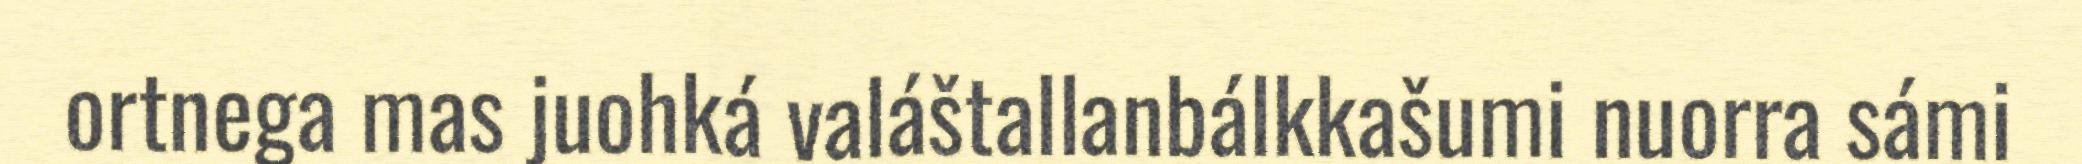
ortnega mas juohká valáštallanbálkkašumi nuorra sámi